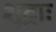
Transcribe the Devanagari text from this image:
शूद्राः